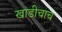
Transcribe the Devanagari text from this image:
खाडीचाच